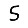
Digit: 5